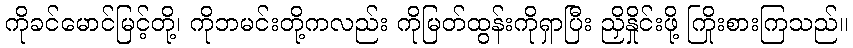
ကိုခင်မောင်မြင့်တို့၊ ကိုဘမင်းတို့ကလည်း ကိုမြတ်ထွန်းကိုရှာပြီး ညှိနှိုင်းဖို့ ကြိုးစားကြသည်။